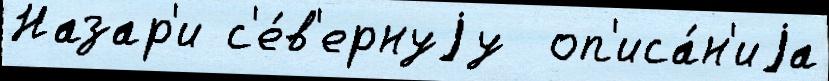
Назар'и с'е́в'ернуjу  оп'иса́н'иjа